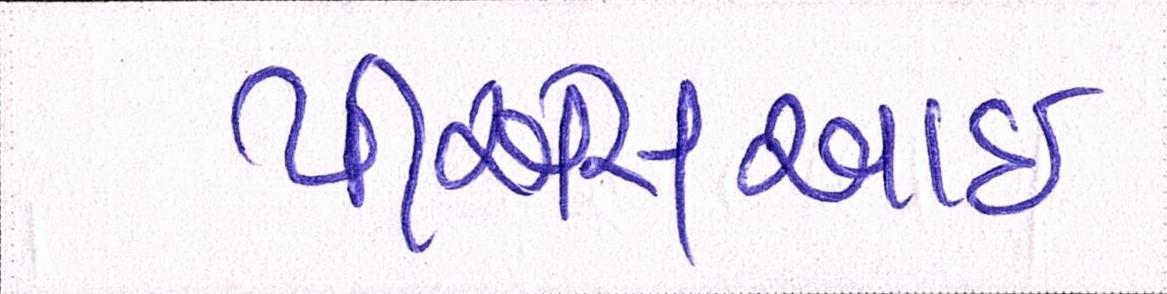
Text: પીએસઆઈ